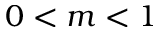
0 < m < 1